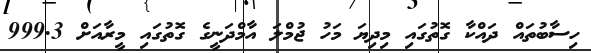
ހިސާބުތައް ދައްކާ ގޮތުގައި މިދިޔަ މަހު ޖުމްލަ އާމްދަނީގެ ގޮތުގައި މީރާއަށް 999.3